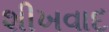
શીખવાદ